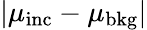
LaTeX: |\mu_{\mathrm{inc}}-\mu_{\mathrm{bkg}}|